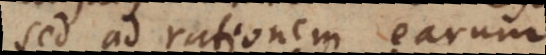
sed ad rationem earum